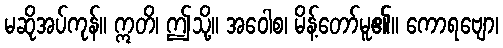
မဆိုအပ်ကုန်။ ဣတိ၊ ဤသို့။ အဝေါစ၊ မိန့်တော်မူ၏။ ကောရဗျော၊